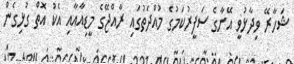
ޝަހާރޭ ވިދާޅުވީ އޭނާގެ ސަފީރުކަމުގެ މުއްދަތުގައި ރާއްޖޭގެ މީޑިއާއާއި އެކު އޮތް ގުޅިގެން